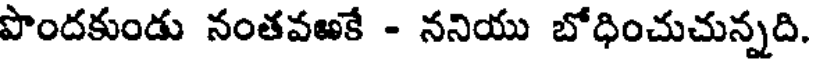
పొందకుండు నంతవఱకే - ననియు బోధించుచున్నది.